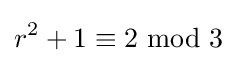
r^{2}+1\equiv 2{\text{ mod }}3